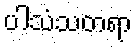
ပါသံသတရာ